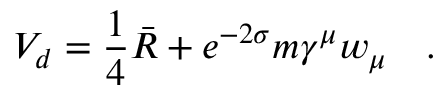
V _ { d } = \frac 1 4 \bar { R } + e ^ { - 2 \sigma } m \gamma ^ { \mu } w _ { \mu } ~ ~ ~ .